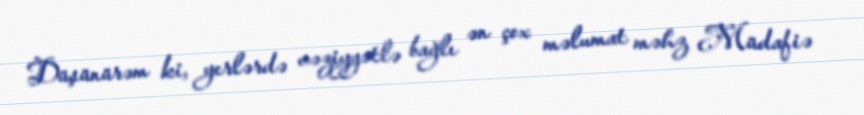
Düşünürəm ki, yerlərdə vəziyyətlə bağlı ən çox məlumat məhz Müdafiə